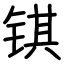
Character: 𫓹